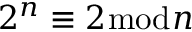
2 ^ { n } \equiv 2 { \bmod { n } }